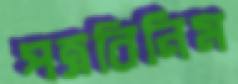
পত্রবিনিম